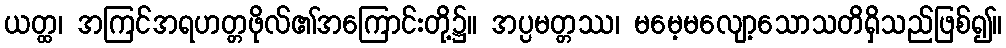
ယတ္ထ၊ အကြင်အရဟတ္တဖိုလ်၏အကြောင်းတို့၌။ အပ္ပမတ္တဿ၊ မမေ့မလျော့သောသတိရှိသည်ဖြစ်၍။